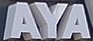
AYA